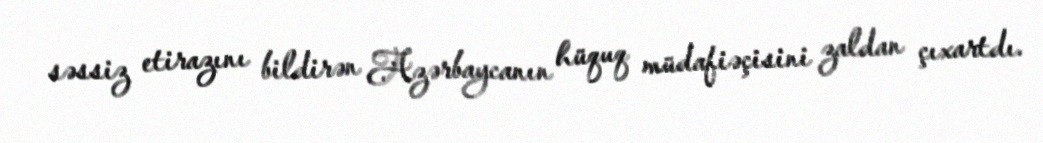
səssiz etirazını bildirən Azərbaycanın hüquq müdafiəçisini zaldan çıxartdı.